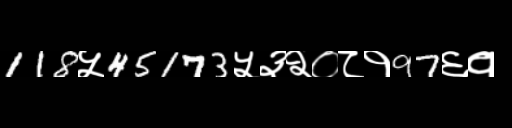
Text: 118५45173५३२०८१97६१